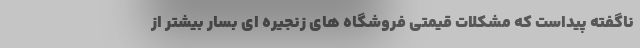
ناگفته پیداست که مشکلات قیمتی فروشگاه های زنجیره ای بسار بیشتر از